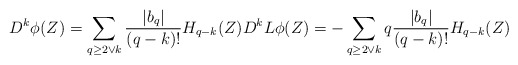
\begin{align*}D^ k\phi(Z)=\sum_{q\geq 2\vee k} \frac{|b_{q}|}{(q-k)!} H_{q-k}(Z)D^ kL\phi(Z)=-\sum_{q\geq 2\vee k} q\frac{|b_{q}|}{(q-k)!} H_{q-k}(Z)\end{align*}